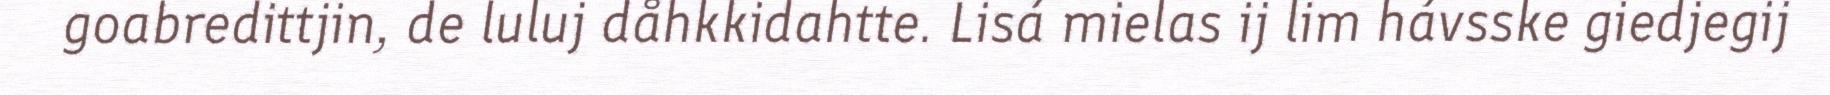
goabredittjin, de luluj dåhkkidahtte. Lisá mielas ij lim hávsske giedjegij